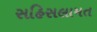
સહિસલામત